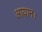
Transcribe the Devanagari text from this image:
आयान।